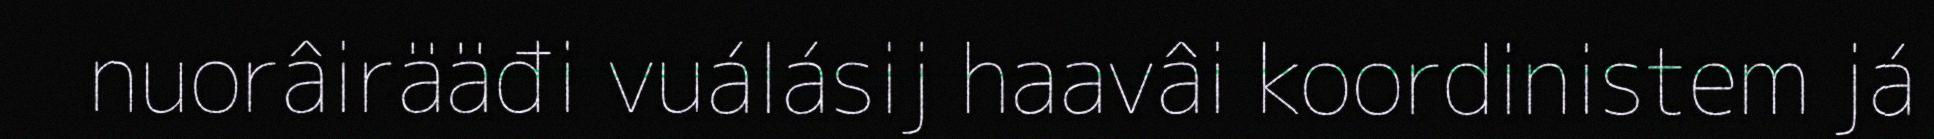
nuorâirääđi vuálásij haavâi koordinistem já